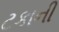
ટકાની